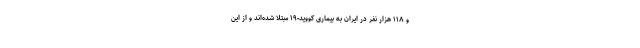
و ۱۱۸ هزار نفر در ایران به بیماری کووید-۱۹ مبتلا شده‌اند و از این